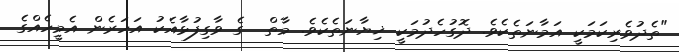
"ތެދުވެރިކަމަކީ އަމާނަތެކެވެ. ދޮގުހެދުމަކީ ޚިޔާނަތެކެވެ. މާތް  ގެ ވާގިފުޅާއެކު އަހަރެން އެމީހެއްގެ